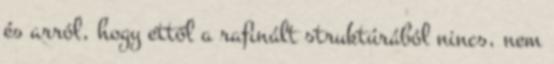
és arról, hogy ettől a rafinált struktúrából nincs, nem